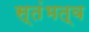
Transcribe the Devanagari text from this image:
स्तंभत्व